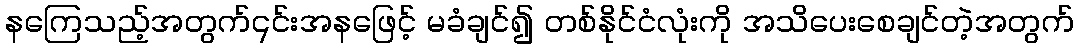
နကြေသည့်အတွက်၎င်းအနဖြေင့် မခံချင်၍ တစ်နိုင်ငံလုံးကို အသိပေးစေချင်တဲ့အတွက်